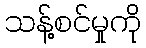
သန့်စင်မှုကို